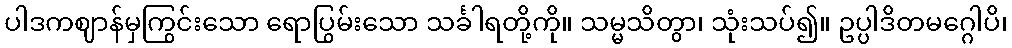
ပါဒကဈာန်မှကြွင်းသော ရောပြွမ်းသော သင်္ခါရတို့ကို။ သမ္မသိတွာ၊ သုံးသပ်၍။ ဥပ္ပါဒိတမဂ္ဂေါပိ၊